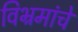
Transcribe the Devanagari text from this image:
विभ्रमांचे